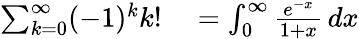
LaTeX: \begin{array}{rl}{\sum_{k=0}^{\infty}(-1)^{k}k!}&{{}=\int_{0}^{\infty}{\frac{e^{-x}}{1+x}}\, dx}\end{array}